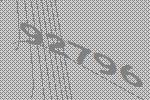
92796